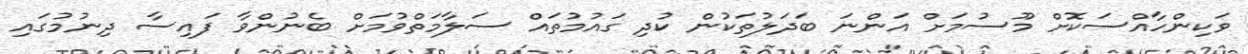
ވަކިންހާއްސަކޮށް މޫސުމަށް އަންނަ ބަދަލުތަކުން ކުދި ގައުމުތައް ސަލާމަތްވުމަށް ބެނުންވާ ފައިސާ ދިނުމުގައި